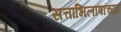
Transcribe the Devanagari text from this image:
सत्ताभिलाषांच्या